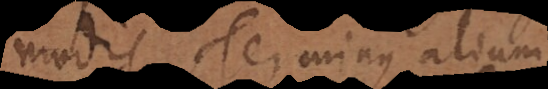
modis Terminus alium